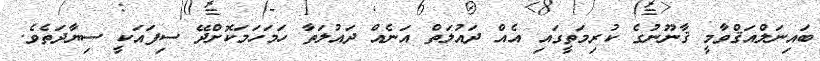
ބައިނަލްއަޤްވާމީ ޤާނޫނުގެ ކުރިމަތީގައި އެއް ދައުލަތް އަނެއް ދައުލަތާ ހަމަހަމަކޮށްދޭ ސިފައަކީ ސިޔާދަތެވެ.